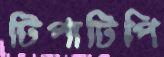
টিপাটিপি